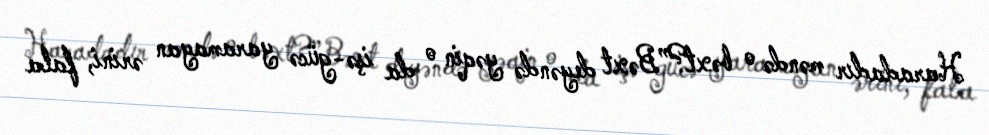
Haradadır məndə o bəxt?”Bəxt deyəndə yəqin o da işə-gücə yaramayan ərini, fala